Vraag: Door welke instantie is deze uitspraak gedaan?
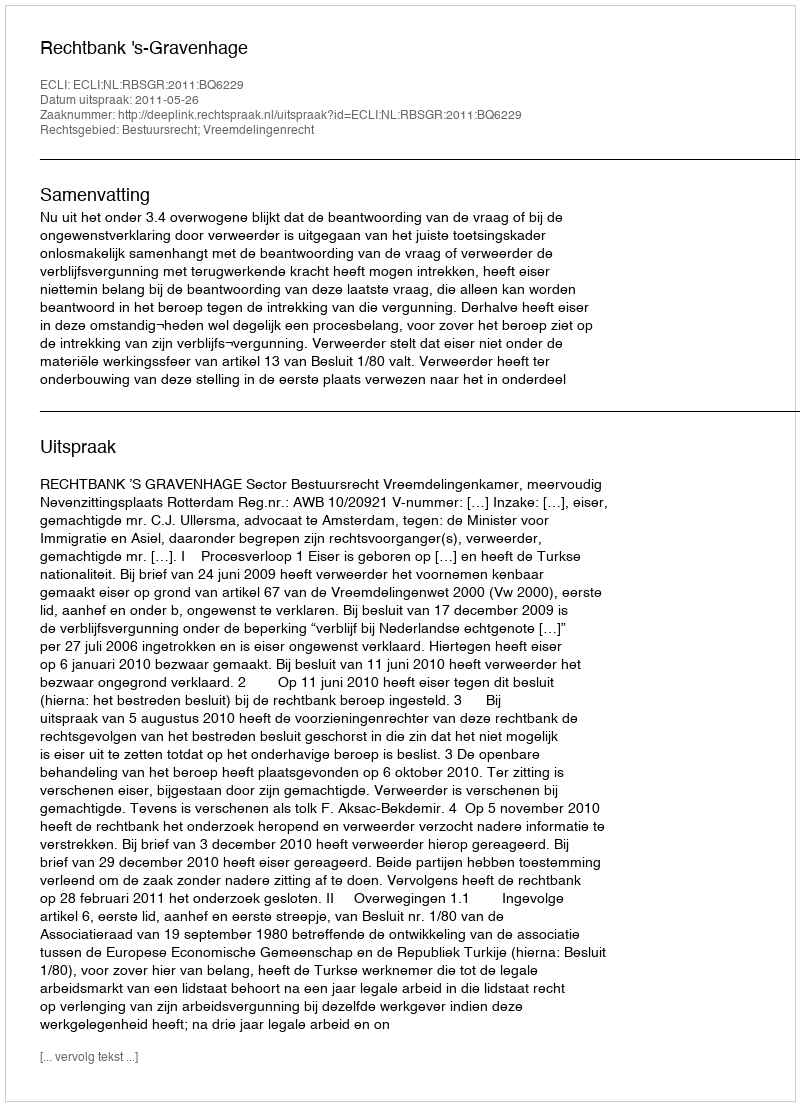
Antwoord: Rechtbank 's-Gravenhage